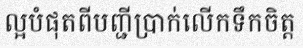
ល្អបំផុតពីបញ្ជីប្រាក់លើកទឹកចិត្ត